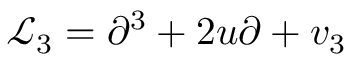
{ \mathcal L } _ { 3 } = \partial ^ { 3 } + 2 u \partial + v _ { 3 }